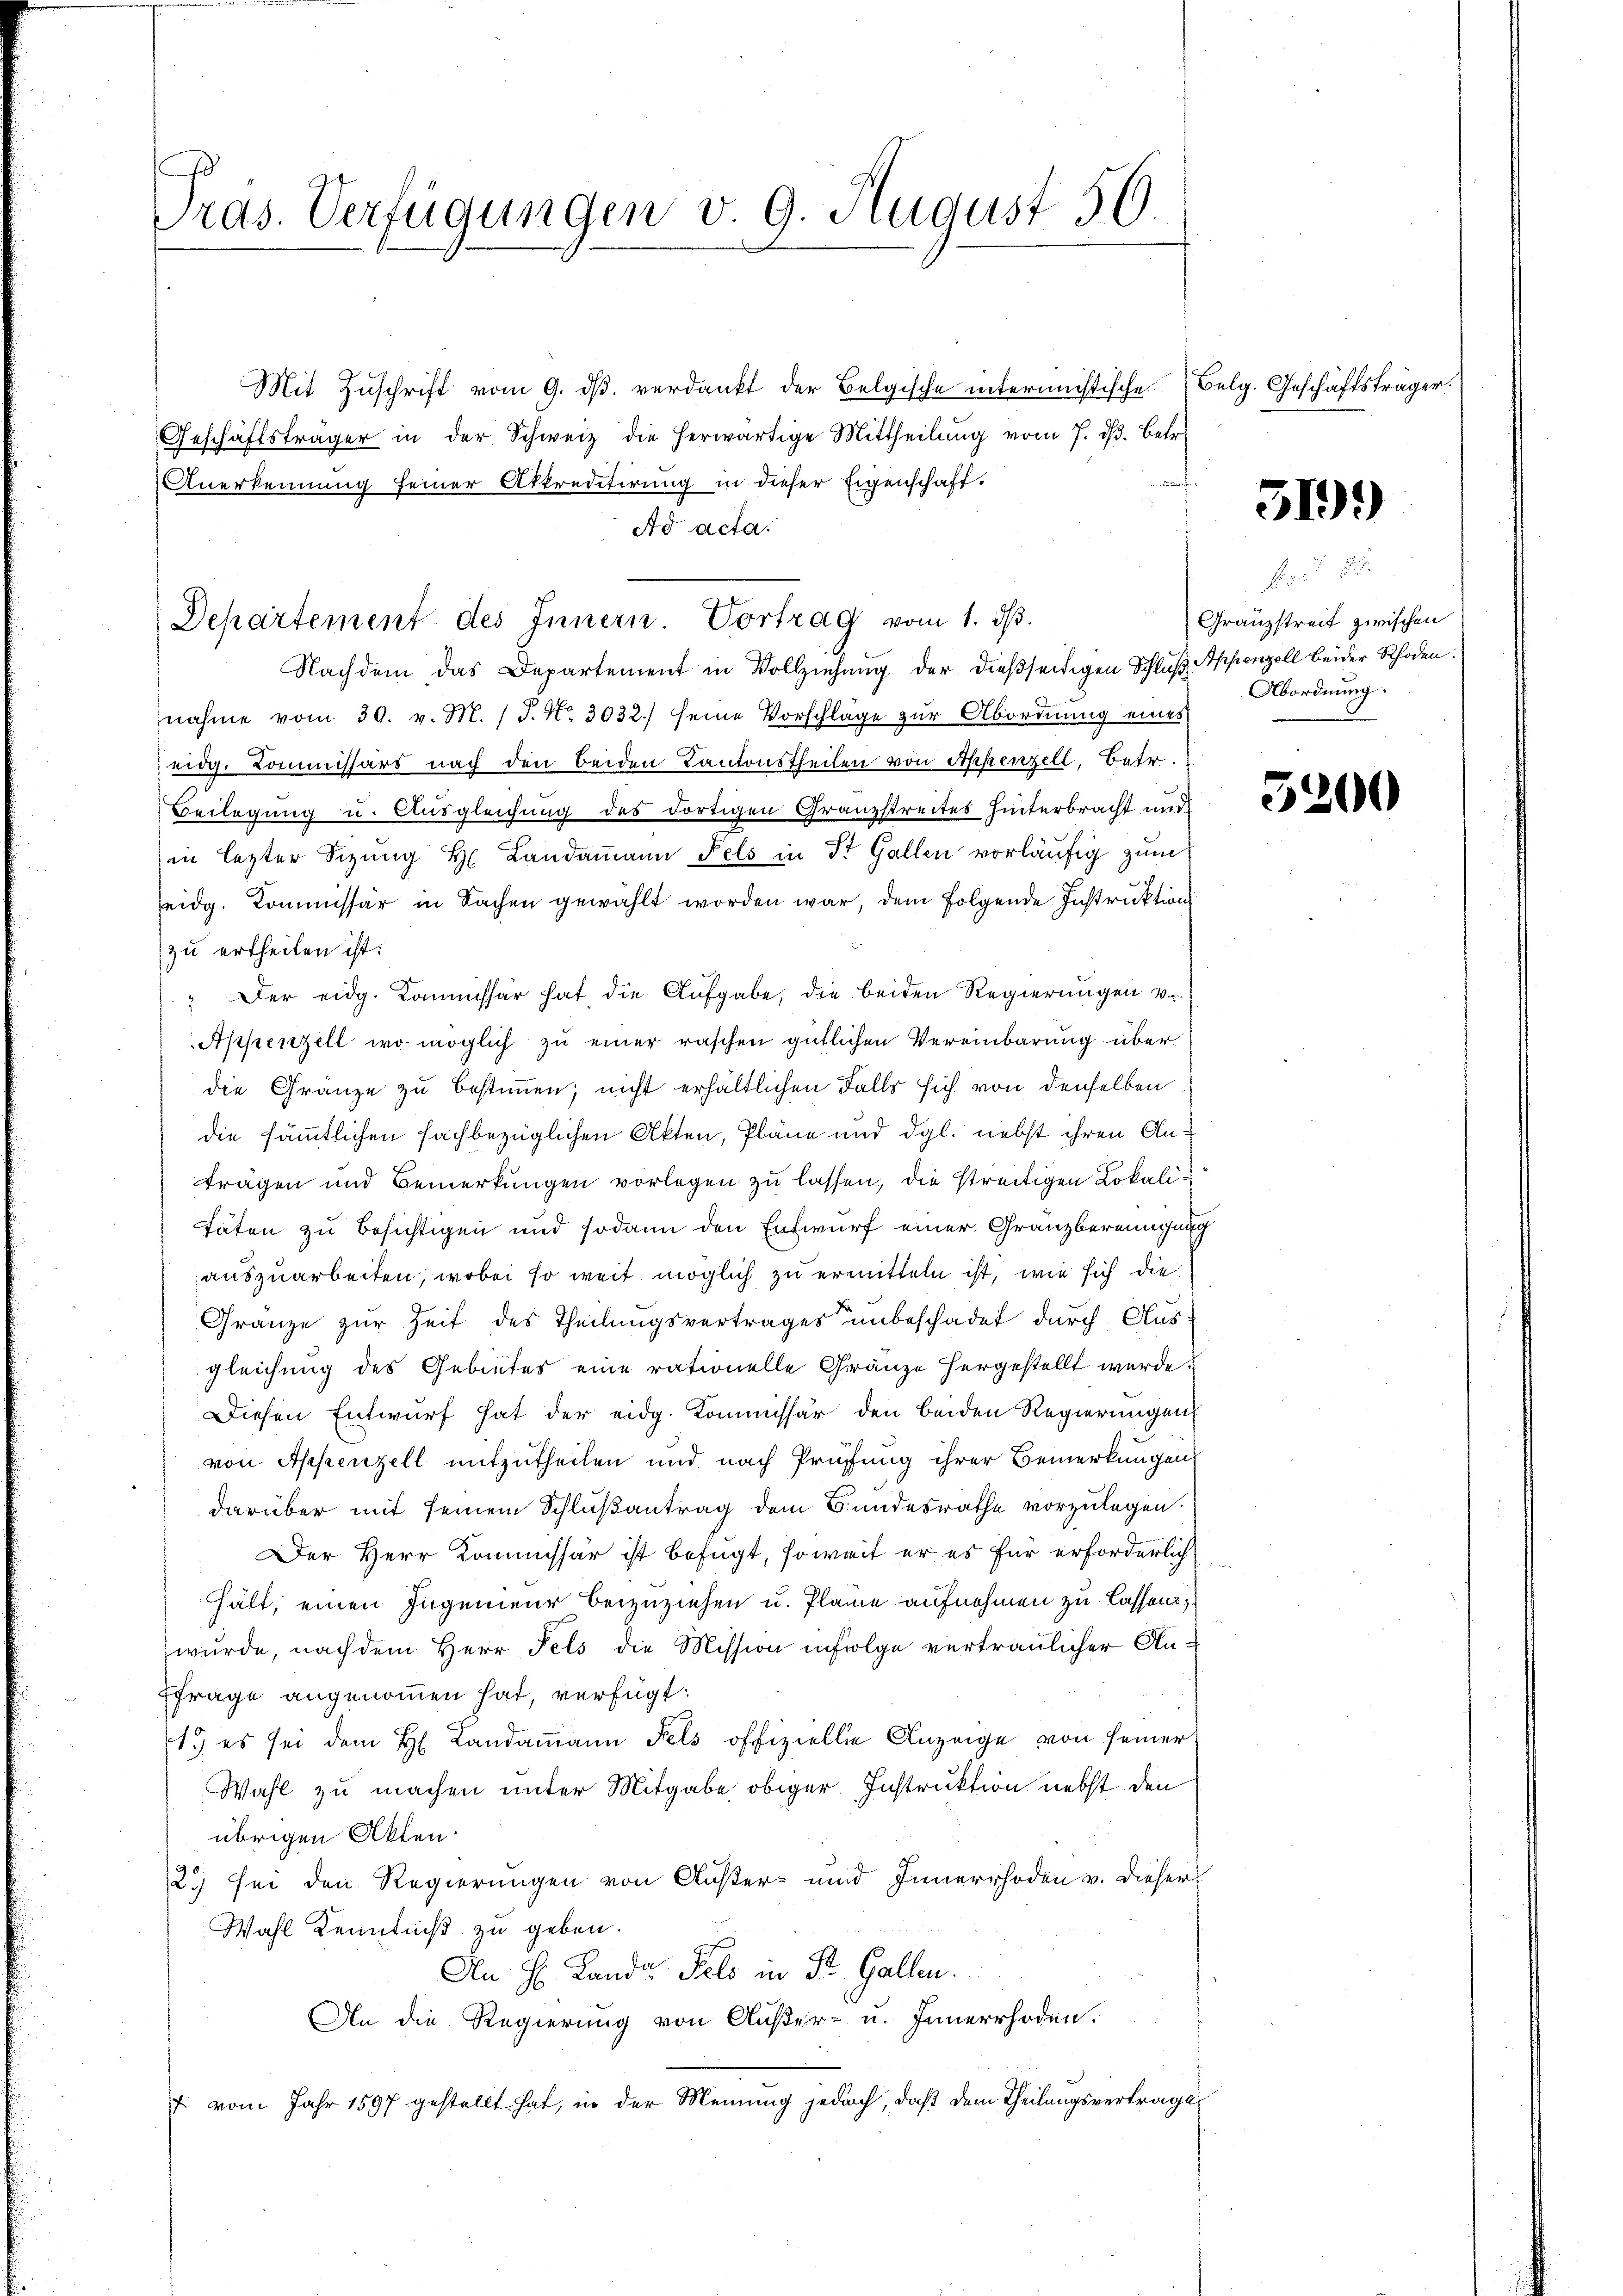
Pras. Verfügungen v. 9. August 56

Mit Zŭschrift vom 9. dβ verdankt der Belgische intermistische Belg. Geschäftsträger.
Geschäftsträger in der Schweiz die herwärtige Mittheilung vom 7. d. Betr.
f
Anerkennung seiner Atkreditirung in dieser Eigenschaft.
Ad acta.
Departement des Innern. Vortrag vom 1. ds.
Nachdem das Departement in Vollziehung der dießseitigen Schluß Appenzell beider Schaden
nahme vom 30. v. M. / P. Nr. 3032.) seine Vorschläge zŭr Abordnung eines
eidg. Kommissärs nach den beiden Kantonstheilen von Appenzell, betr.
Beilegung u. Ausgleichung des dortigen Granzstreites hinterbracht und
in lezter Sizung H. Landammann Fels in St. Gallen vorläufig zum
eidg. Kommissär in Sachen gewählt worden war, dem folgende Instruktion
zu ertheilen ist:
Der eidg. Kommissär hat die Aufgabe, die beiden Regierungen v.
Appenzell wo möglich zu einer raschen gütlichen Vereinbarung über
die Gränze zu bestimmen; nicht erhältlichen Falls sich von denselben
die sämmtlichen fachbezüglichen Akten, Pläne und dgl. nebst ihren Antragen und Bemerkungen vorlegen zu lassen, die streitigen Lokalitäten zu besichtigen und sodann den Entwurf einer Granzbereinigung
auszuarbeiten, wobei so weit möglich zu ermitteln ist, wie sich die
Gränze zur Zeit des Theilungsvertrages unbeschadet durch Ausgleichung des Gebietes eine rationelle Gränze hergestellt werde.
Diesen Entwurf hat der eidg. Kommissär den beiden Regierungen
von Appenzell mitzutheilen und nach Prüfung ihrer Bemerkungen
darüber mit seinem Schlußantrag dem Bundesrathe vorzulegen.
Der Herr Kommissär ist befügt, soweit er es für erforderlich
hält, einen Ingenieur beizuziehen u. Plane aufnehmen zu lassens,
wurde, nach dem Herr Fels die Mission infolge vertraulicher An¬
Ffrage angenommen hat, verfügt:
1.) es sei dem H: Landammann Fels offizielle Anzeige von seiner
Wahl zu machen unter Mitgabe obiger Instruktion nebst den
übrigen Akten.
2) sei den Regierungen von Außer- und Innerrhoden v. dieser
Wahl Kenntniß zu geben.
An H: Landa Selo in St. Gallen.
An die Regierung von Außer- u. Innerrhoden.
7 vom Jahr 1597 gestellt hat, in der Meinung jedoch, daß dem Theilungsvertrage

519.

f
Granzstreit zwischen
Abordnung.

3200